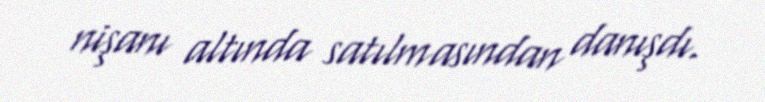
nişanı altında satılmasından danışdı.